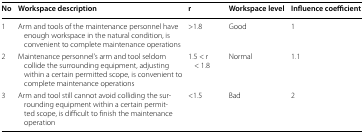
<table><thead><tr><td><b>No</b></td><td><b>Workspace description</b></td><td><b>r</b></td><td><b>Workspace level</b></td><td><b>Influence coefficient</b></td></tr></thead><tbody><tr><td>1</td><td>Arm and tools of the maintenance personnel have enough workspace in the natural condition, is convenient to complete maintenance operations</td><td>&gt;1.8</td><td>Good</td><td>1</td></tr><tr><td>2</td><td>Maintenance personnel’s arm and tool seldom collide the surrounding equipment, adjusting within a certain permitted scope, is convenient to complete maintenance operations</td><td>1.5 &lt; r &lt; 1.8</td><td>Normal</td><td>1.1</td></tr><tr><td>3</td><td>Arm and tool still cannot avoid colliding the surrounding equipment within a certain permitted scope, is difficult to finish the maintenance operation</td><td>&lt;1.5</td><td>Bad</td><td>2</td></tr></tbody></table>